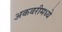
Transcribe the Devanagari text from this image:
अकबरीमध्ये